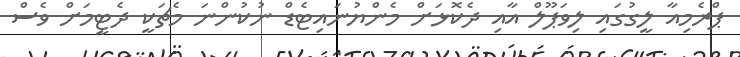
ޕްރެމިއާ ލީގުގައި ލިވަޕޫލް އާއި ދެކޮޅަށް މެންޔުނައިޓެޑް ނުކުންނަ މެޗަކީ ދެޓީމަށް ވެސް